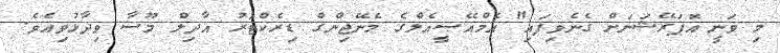
މި ވަނީ އޮޕަރޭޝަނަށް ގެނެވިފައި" އެމްއޭސީއެލްގެ މެނޭޖިންގް ޑިރެކްޓަރު އާދިލް މޫސާ ވިދާޅުވިއެވެ.